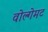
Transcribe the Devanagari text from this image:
वोल्गेमट